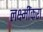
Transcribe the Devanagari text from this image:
लक्ष्मींकरा